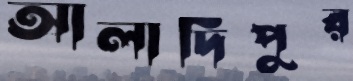
আলাদিপুর